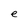
Character: e